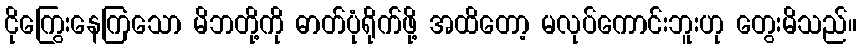
ငိုကြွေးနေကြသော မိဘတို့ကို ဓာတ်ပုံရိုက်ဖို့ အထိတော့ မလုပ်ကောင်းဘူးဟု တွေးမိသည်။